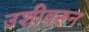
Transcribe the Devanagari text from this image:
उशीवरून